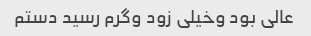
عالی بود و‌خیلی زود و‌گرم رسید دستم